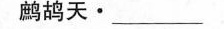
鹧鸪天·_